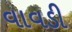
વાવડી